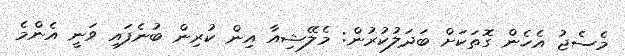
މެސެޖު އެހެން ގޮތަކަށް ބަދަލުކުރުން: މެލޭޝިއާ އިން ކުރިން ބުނެފައި ވަނީ އެންމެ